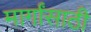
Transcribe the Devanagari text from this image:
मार्गांसाठी